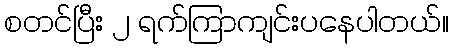
စတင်ပြီး ၂ ရက်ကြာကျင်းပနေပါတယ်။